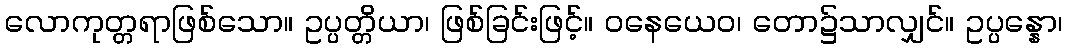
လောကုတ္တရာဖြစ်သော။ ဥပ္ပတ္တိယာ၊ ဖြစ်ခြင်းဖြင့်။ ဝနေယေဝ၊ တော၌သာလျှင်။ ဥပ္ပန္နော၊